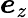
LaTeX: \boldsymbol{e}_{z}